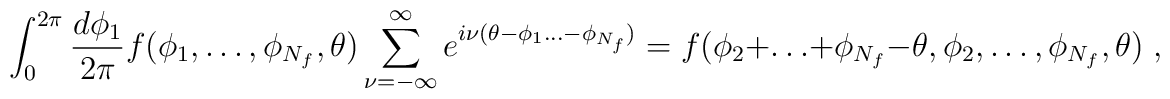
\int_0^{2\pi}\frac{d\phi_1}{2\pi} f(\phi_1,\ldots,\phi_{N_f},\theta)\sum_{\nu=-\infty}^\infty e^{i\nu(\theta-\phi_1\ldots-\phi_{N_f})}=f(\phi_2+\ldots+\phi_{N_f}-\theta,\phi_2,\ldots,\phi_{N_f},\theta)\;,